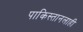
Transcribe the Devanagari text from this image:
पाकिस्तानलाही